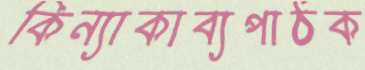
কিন্যাকাব্যপাঠক